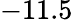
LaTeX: -11.5